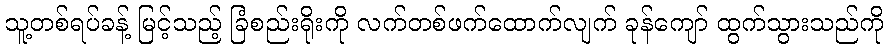
သူ့တစ်ရပ်ခန့် မြင့်သည့် ခြံစည်းရိုးကို လက်တစ်ဖက်ထောက်လျက် ခုန်ကျော် ထွက်သွားသည်ကို